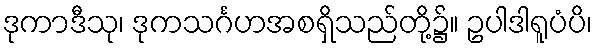
ဒုကာဒီသု၊ ဒုကသင်္ဂဟအစရှိသည်တို့၌။ ဥပါဒါရူပံပိ၊